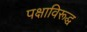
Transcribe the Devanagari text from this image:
पक्षाविरूद्ध